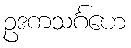
ဥဒကသင်္ဂဟေ